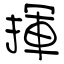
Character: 揮